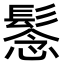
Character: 𩭮